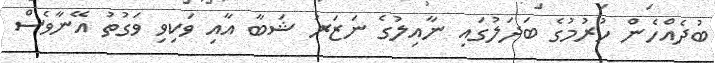
ބުދެއްހެން ހުރުމުގެ ބަދަލުގައި ނާއިލުގެ ނަޒަރު ޝަބާ އާއި ވަކިވި ވަގުތު އޭނާވެސް